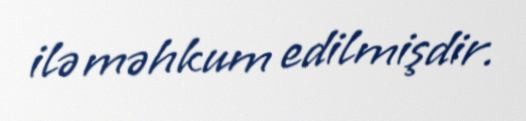
ilə məhkum edilmişdir.